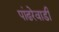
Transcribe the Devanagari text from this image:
पांढरेवाडी